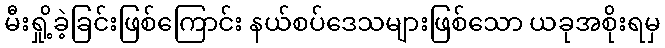
မီးရှို့ခဲ့ခြင်းဖြစ်ကြောင်း နယ်စပ်ဒေသများဖြစ်သော ယခုအစိုးရမှ